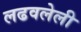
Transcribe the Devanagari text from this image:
लढवलेली